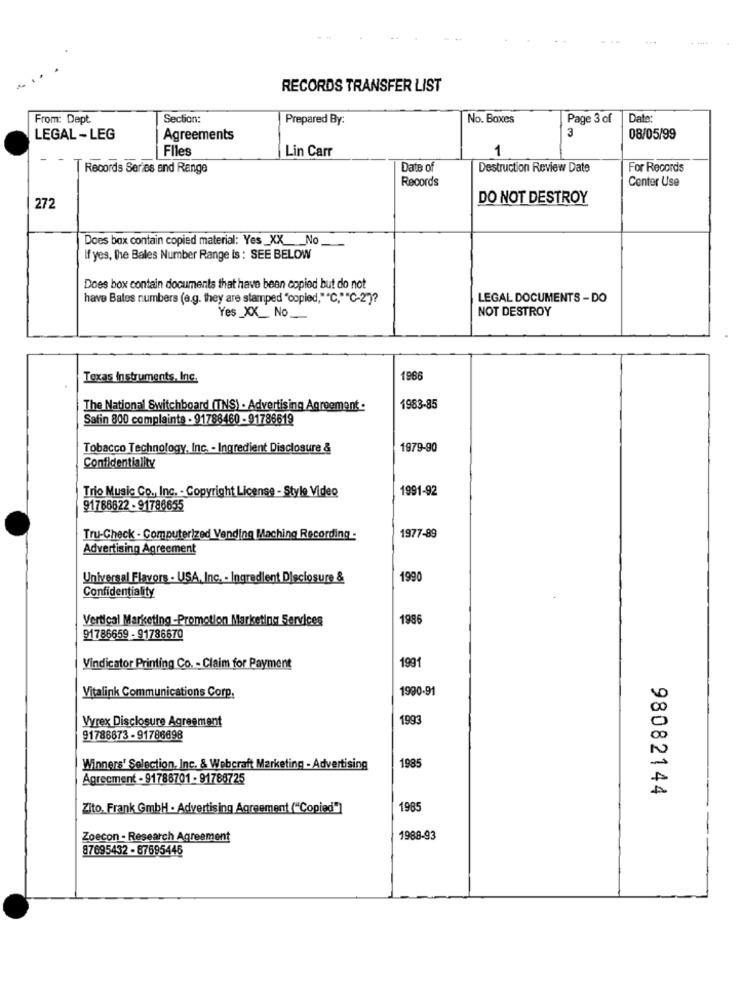
RECORDS TRANSFER LIST
From: Dept.
Section:
Prepared By:
No. Boxes
Page 3 of
Date
LEGAL - LEG
Agreements
3
08/05/99
Files
Lin Carr
1
Records Series and Range
Date of
Destruction Review Date
For Records
Records
Conter Use
DO NOT DESTROY
272
Does box contain copied material: Yes_XX __ No
If yes, the Bales Number Range is : SEE BELOW
Does box contain documents that have been copied but do not
have Bates numbers (e.g. they are stamped "copied,""C,""C-2")?
LEGAL DOCUMENTS - DO
Yes _XX_ No_
NOT DESTROY
Texas Instruments, Inc.
1966
The National Switchboard (TNS) - Advertising Agreement .
1983-85
Safin 800 complaints - 91788460 - 91786619
Tobacco Technology, Inc. - Ingredient Disclosure &
1979-90
Confidentiality
Trio Music Co ., Inc. - Copyright License - Style Video
1991-92
91788622 - 91786655
Tru-Check - Computerized Vending Maching Recording -
1977-89
Advertising Agreement
Universal Flavors - USA, Inc. - Ingredient Disclosure &
1990
Confidentiality
Vertical Marketing-Promotion Marketing Services
198
91786659 - 91786670
1991
Vindicator Printing Co. - Claim for Payment
1990-91
Vitalink Communications Corp.
Vyrex Disclosure Agreement
199
91786673 - 91786698
Winners' Selection, Inc. & Webcraft Marketing - Advertising
1985
Agreement - 91786701 - 91786725
98082144
Zito, Frank GmbH - Advertising Agreement ("Copied"]
1985
Zoecon - Research Agreement
1988-93
87695432 - 87695446